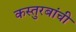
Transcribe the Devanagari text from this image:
कस्तुरबांची